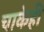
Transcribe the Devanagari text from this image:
चाकेही